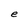
Character: e